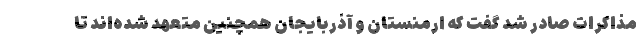
مذاکرات صادر شد گفت که ارمنستان و آذربایجان همچنین متعهد شده‌اند تا